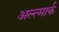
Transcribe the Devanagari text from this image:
अल्त्मार्क